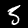
Label: 5